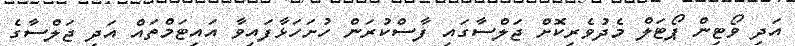
އަދި ވޯޓިން ޕޯޓަލް މެދުވެރިކޮށް ޖަލްސާގައި ފާސްކުރަން ހުށަހަޅާފައިވާ އައިޓަމްތައް އަދި ޖަލްސާގެ